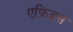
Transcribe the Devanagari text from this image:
एफ्रिडस